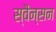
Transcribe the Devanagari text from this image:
स्वैन्सन